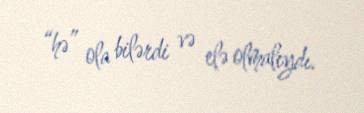
“hə” ola bilərdi və elə olmalıydı.